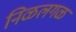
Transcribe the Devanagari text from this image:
निळलगळ